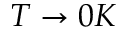
T \rightarrow 0 K